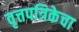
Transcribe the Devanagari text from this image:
वृत्तपत्रिकेचा